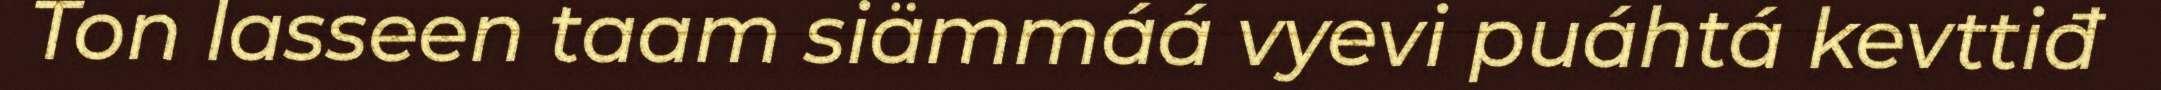
Ton lasseen taam siämmáá vyevi puáhtá kevttiđ